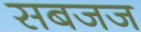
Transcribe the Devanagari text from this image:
सबजज